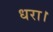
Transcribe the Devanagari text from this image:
धरा।